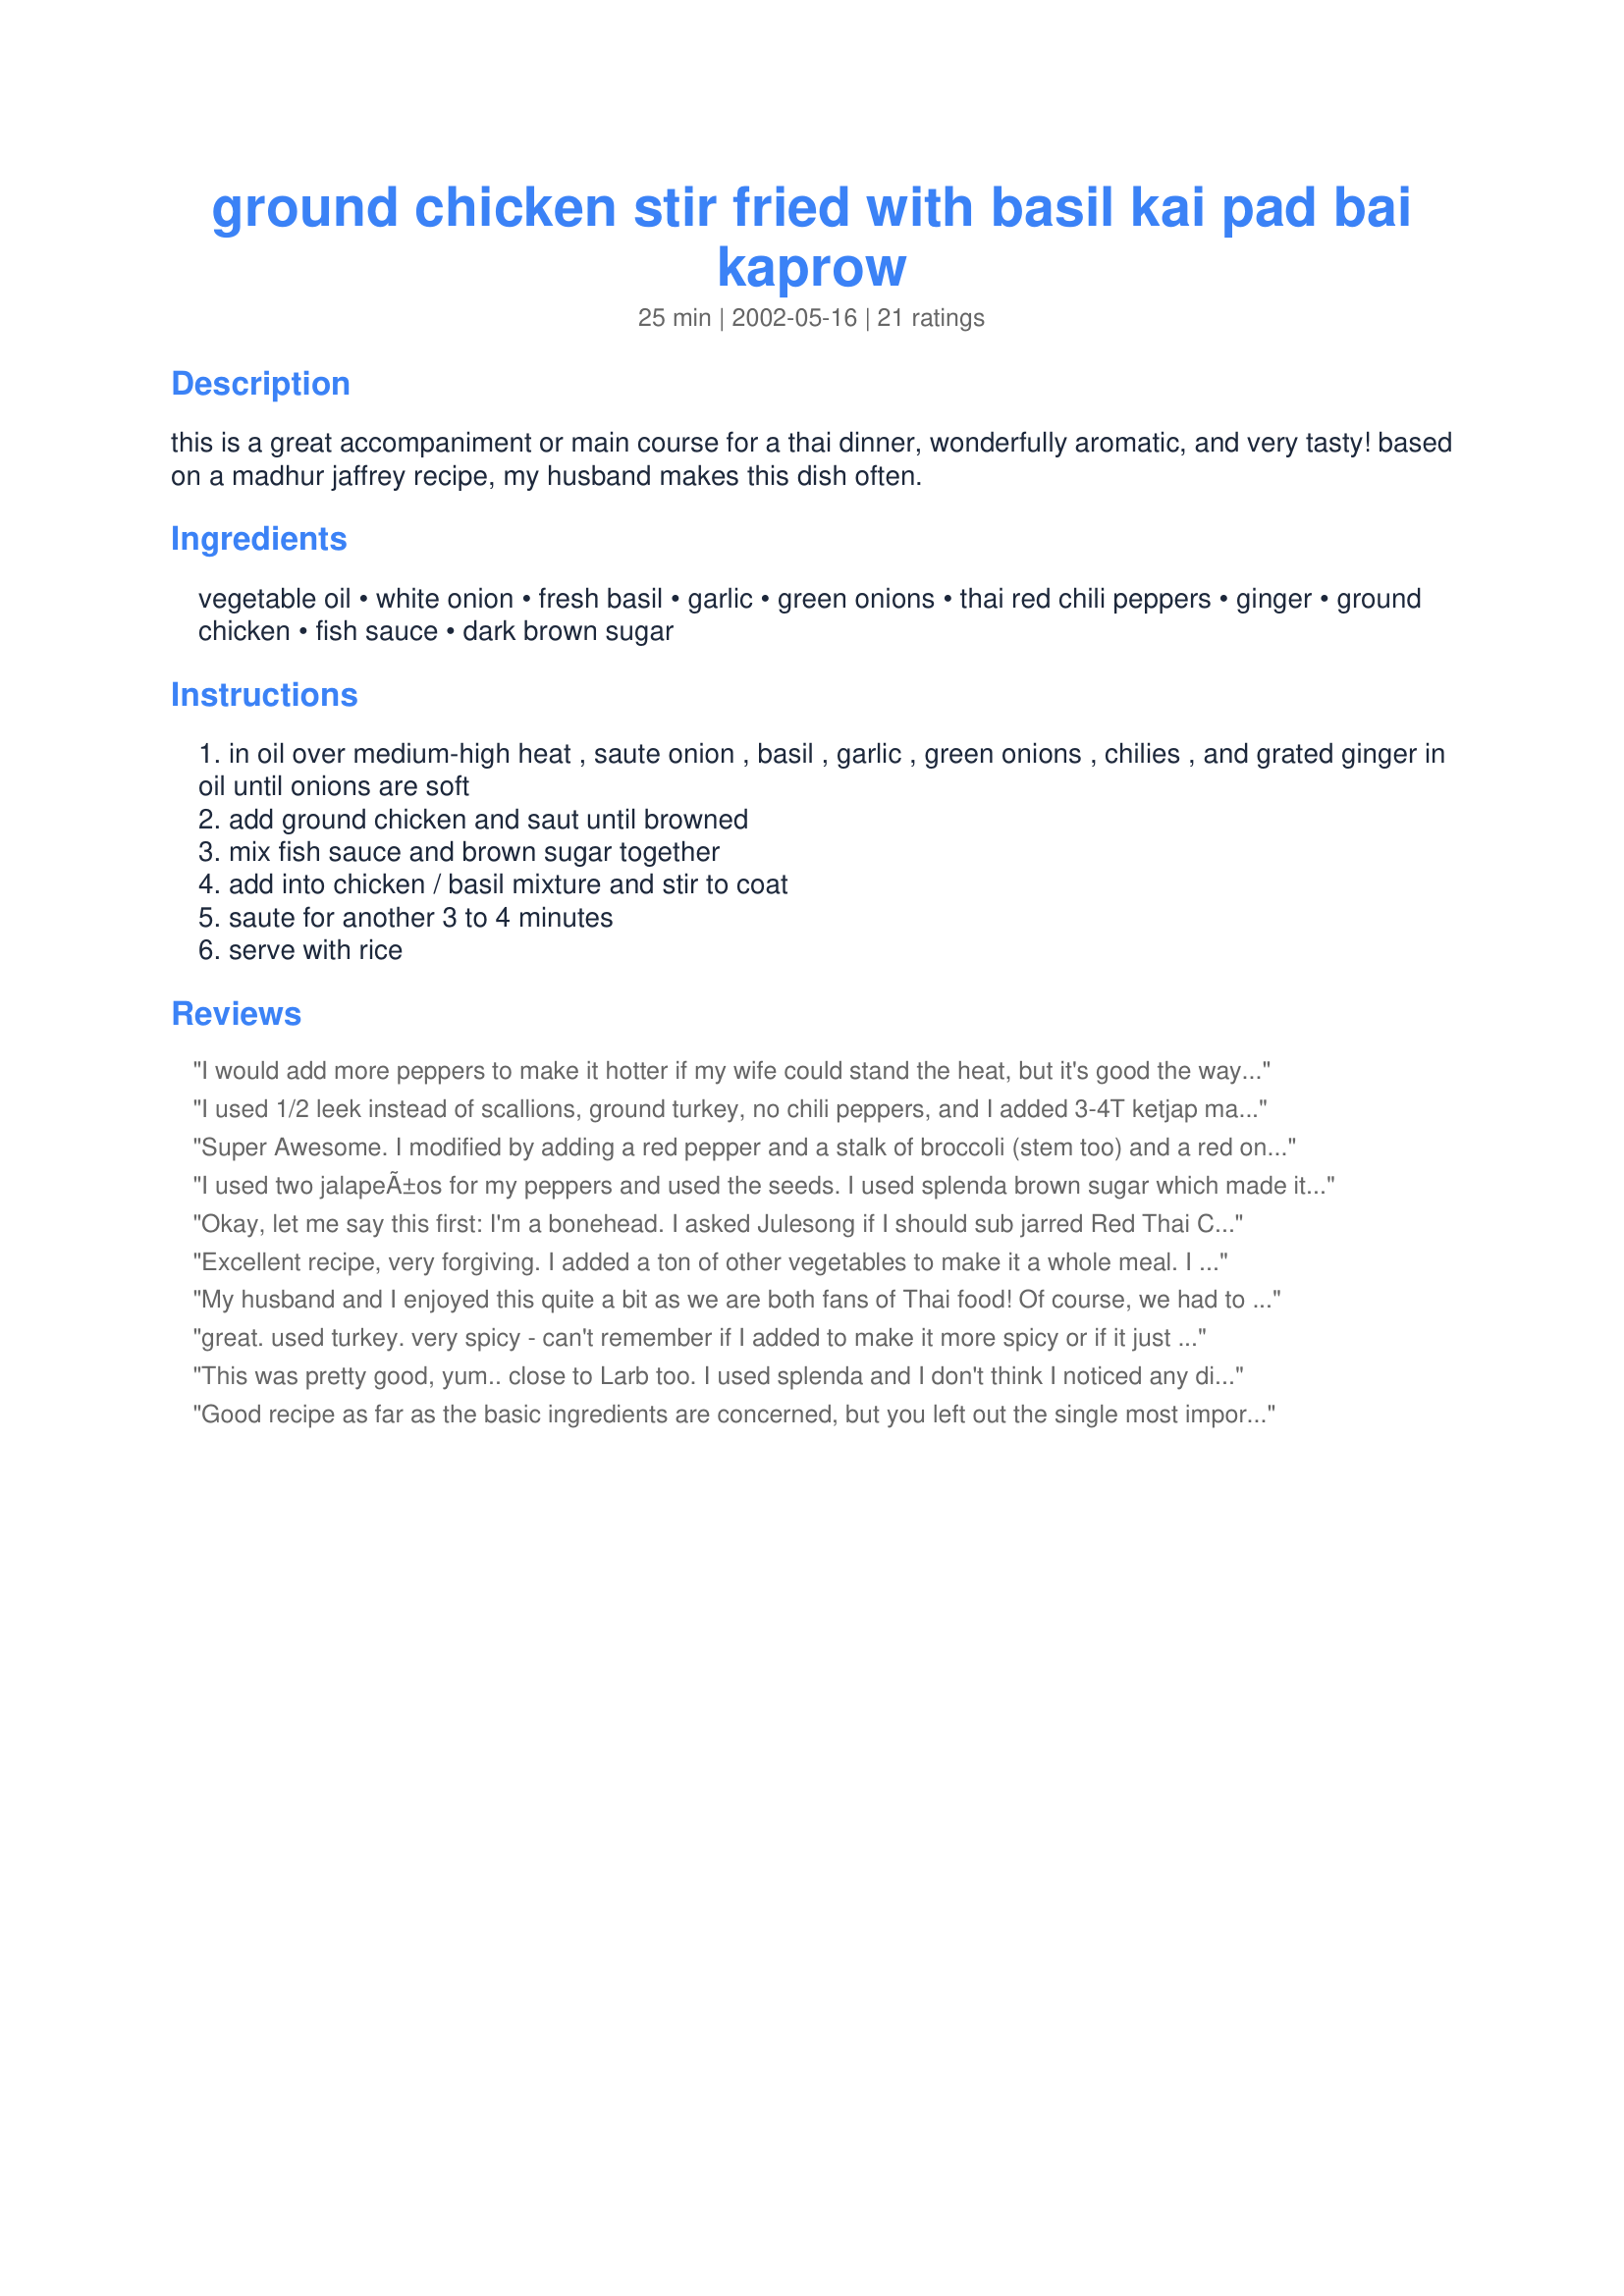
ground chicken stir fried with basil kai pad bai kaprow
Preparation time: 25 minutes

this is a great accompaniment or main course for a thai dinner, wonderfully aromatic, and very tasty! based on a madhur jaffrey recipe, my husband makes this dish often.

Ingredients:
vegetable oil, white onion, fresh basil, garlic, green onions, thai red chili peppers, ginger, ground chicken, fish sauce, dark brown sugar

Steps:
in oil over medium-high heat , saute onion , basil , garlic , green onions , chilies , and grated ginger in oil until onions are soft
add ground chicken and saut until browned
mix fish sauce and brown sugar together
add into chicken / basil mixture and stir to coat
saute for another 3 to 4 minutes
serve with rice

Reviews:
I would add more peppers to make it hotter if my wife could stand the heat, but it's good the way it is. More basil is good, too. Ate it with rice because it's harder to get the meat mixed in well with noodles but both taste good. A repeat recipe.
I used 1/2 leek instead of scallions, ground turkey, no chili peppers, and I added 3-4T ketjap manis (google it - I used the recipe from dvo.com). This is so yummy! I served it with Bami Goreng.
Super Awesome. I modified by adding a red pepper and a stalk of broccoli (stem too) and a red onion as I didn&#039;t have white. Doubled the sugar / fish sauce - as I had so many veggies. I put 1/2 of the thai basil into the mix (saut&eacute;ed) and put 1/2 on top after plating. Served over rice. This was really really good - exactly what I was looking for.
I used two jalapeÃ±os for my peppers and used the seeds. I used splenda brown sugar which made it a little on the sweet side but it balanced out the heat of my dish perfectly. Iâ€™ll make this again. Great for watching carbsâ€¦I wrapped mine in lettuce.
Okay, let me say this first: I'm a bonehead. I asked Julesong if I should sub jarred Red Thai Chilis or Jalapenos, since I don't have access to the fresh red peppers. Julesong, thanks for the great advice. But, back to the bonehead thing, I went to the store to get the required ingred's and *completely* spaced the chili peppers. So - I followed the recipe except for the following changes: I used 2x the amount of basil; I had to use ground turkey because my store was out of ground chicken; and I went with canned roasted jalapenos (that's what was in the pantry). I loved this dish, and will make it again soon with the proper peppers and with chicken. At the table we added soy sauce and chili oil, and everybody really liked it. Thanks for posting the recipe!
Excellent recipe, very forgiving. I added a ton of other vegetables to make it a whole meal. I will make this again.
My husband and I enjoyed this quite a bit as we are both fans of Thai food! Of course, we had to up the heat a bit! But that's a matter of personal taste. This was a very fragrant dish, as you said, but was even more so after I added a sqeeze of lime just before serving, which enhanced the flavors of the chicken even more. I served this dish with stir-fried rice vermicelli noodles with assorted vegetables and lemongrass on the side, instead of the rice suggested. I used basicly the same combo of sauce that was used on the chicken to season the vermicelli. It all turned out very lovely, much nicer than something you could get at a restaurant, and very easy to make! Thanks! :)
great. used turkey. very spicy - can't remember if I added to make it more spicy or if it just is that spicy as is. i froze in individual servings - great heat up later over rice
This was pretty good, yum.. close to Larb too. I used splenda and I don't think I noticed any difference in taste. Thanks!
Good recipe as far as the basic ingredients are concerned, but you left out the single most important bit of advice: USE THAI BASIL IF AT ALL POSSIBLE!! Thai basil (Gra Pow) is much more complex and fragrant than its relatively bland Italian/French cousin and holds up much better under heat. It is well worth the adventure to try to find some. Most US cities have an Asian grocery store (fun to go to anyway), and most will have Gra Pow. Give this fantastic dish its just reward! [Editors note: Julesong appreciated these comments and has updated the recipe to refect this great suggestion.]
I doubled the recipe and we had a ton, but it didn't go to waste. My DH (Dear Husband) had three helpings, or was it four? I had two.

The recipe was very easy to follow, but I did have trouble finding the Thai basil and Thai red chili peppers. I had to substitute with italian basil and a jalepeno. 

DH said it was missing something, most likey the spicyness of the chili pepper. I don't care for hot things so I used only 1/4 of the jalepeno thinking that would be too spicy for me. It didn't give any flavor whatsoever so I recommend using the whole jalepeno, if not 2, when substituting. 

Overall, this recipe was wonderful. I plan on making it again, but using the chili peppers and Thai basil (if only I knew where to get them). Thanks for the keeper!
Yummy change of pace. I wonder if adding the basil closer to end of cooking might be a good idea. The cooking time destroyed some of the flavor. I used whole pieces of fresh chicken and pulsed them in the food processor a couple of times. I got a laugh out of my husband's comment as he wolfed this down "Is this meat chicken or fish?"
An almost identical recipe for this dish, which I've made twice before from the book, is published in "Far Eastern Cookery" by Madhur Jaffrey. I mention this because she divides 1/4 lb. (2 lightly packed quarts) basil leaves in half, chops one half to stir in the dish, and fries the other half of whole basil leaves in hot oil until they're crispy. These are sprinkled atop the finished dish, and are delicious. However, a word of caution: it's almost impossible to avoid getting burned, even using a spatter screen. That said, this is a delicious chicken (or ground turkey) dish, and I'll definitely make it again, using the recipe in Recipezaar.
I made this for an early lunch today. It was very good. I used 3 chopped jalapenos because I didn't have Thai peppers. I was a little skeptical after putting the fish sauce in because BOY DID THAT STUFF STINK! Not to worry though.. it tastes good. I made a double recipe so I would have some dinners or lunches already prepared. I served over a little rice along with fresh steamed snow peas. I sprinkled some freshly chopped basil over the dish before serving.
Very good recipe. I felt it needed more heat, or maybe my Thai peppers were wimpy. I added a heaping teaspoon of garlic red chili sauce (which is a good substitute for those without an Oriental market nearby). Also added a tablespoon of dark soy sauce, as my store brand of fish sauce wasn't quite salty enough. Thanks for the quick and easy recipe.
We make this fabulous dish with Queen Siam basil and green beans fresh from our garden.
My husband and I both loved this recipe! It was so simple to make and very flavorful. I used Italian basil as that was all I had and it was fresh out of the garden and I used 1 jalapeno, no seeds, as I couldnt find the Thai Chili peppers. I did double the amount of basil and would not seed the jalapeno next time as we would have liked a bit more heat. Thanks Julesong!
Fantastic! This just zings with flavour! I didn't add any of the onions but was very liberal with the fish sauce, don't leave it out! I used a bit of extra basil and ginger and stir fried through some thin egg noodles and a sliced zucchini to make a complete meal. This was a very filling meal for two (with the noodles).
Loved this! We added the lime juice as one reviewer suggested and chopped up some zucchini chunks that went in with the chicken. I used a milder pepper until the meat was done enough to pull out some for my daughter then went crazy will the chili sauce. Served over noodles. Compliments from the kids - that rarely happens! Will be a regular addition to the rotation. Also, used turkey instead of chicken as that was handy.
very good! i added some string beans we had and cooked a bit longer. didnt have red chilis, so i used a jalapeno and some sriracha sauce. i would even add more ginger next time, slightly less fish sauce, and a dash of salt. thanks!!
Didn't have fresh thai chili so used thai garlic chili sauce instead, worked great. I have an abundance of fresh italian basil in the garden this year, so I used it, probably close to 3/4 of a cup once I added a little bit in at the end with the fish sauce. I thought flavor was still great. Excellent, quick meal, my husband is still raving about it. Served over rice Thanks.
